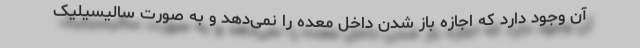
آن وجود دارد که اجازه باز شدن داخل معده را نمی‌دهد و به صورت سالیسیلیک